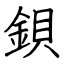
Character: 鋇